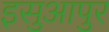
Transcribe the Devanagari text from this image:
इसुआपुर